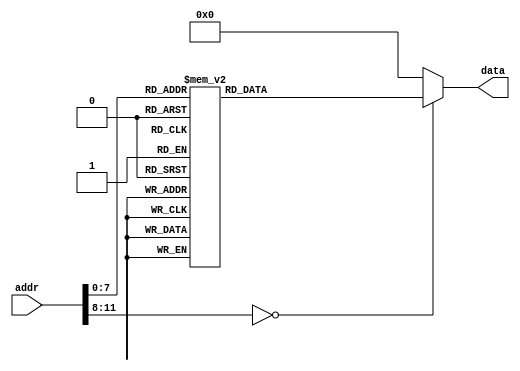
/*********************************************************** 
* Organization  : NONE
************************************************************/ 

/*=============Description======================
 *
 *
 *
 *
 * ============================================*/
 module rom_blinky_hello_world (
    data,         //< io >
    addr,         //< i
 );

    output  [7:0]    data;
    input   [11:0]   addr;


    reg [7:0] inst;

    assign data = inst;

    always @(*) begin
        case(addr)
            12'd0   : inst = 8'ha0;
            12'd1   : inst = 8'h30;
            12'd2   : inst = 8'h48;
            12'd3   : inst = 8'he0;
            12'd4   : inst = 8'h08;
            12'd5   : inst = 8'ha0;
            12'd6   : inst = 8'h30;
            12'd7   : inst = 8'h65;
            12'd8   : inst = 8'he0;
            12'd9   : inst = 8'h09;
            12'd10  : inst = 8'ha0;
            12'd11  : inst = 8'h30;
            12'd12  : inst = 8'h6c;
            12'd13  : inst = 8'he0;
            12'd14  : inst = 8'h0a;
            12'd15  : inst = 8'ha0;
            12'd16  : inst = 8'h30;
            12'd17  : inst = 8'h6c;
            12'd18  : inst = 8'he0;
            12'd19  : inst = 8'h0b;
            12'd20  : inst = 8'ha0;
            12'd21  : inst = 8'h30;
            12'd22  : inst = 8'h6f;
            12'd23  : inst = 8'he0;
            12'd24  : inst = 8'h0c;
            12'd25  : inst = 8'ha0;
            12'd26  : inst = 8'h30;
            12'd27  : inst = 8'h20;
            12'd28  : inst = 8'he0;
            12'd29  : inst = 8'h0d;
            12'd30  : inst = 8'ha0;
            12'd31  : inst = 8'h30;
            12'd32  : inst = 8'h77;
            12'd33  : inst = 8'he0;
            12'd34  : inst = 8'h0e;
            12'd35  : inst = 8'ha0;
            12'd36  : inst = 8'h30;
            12'd37  : inst = 8'h6f;
            12'd38  : inst = 8'he0;
            12'd39  : inst = 8'h0f;
            12'd40  : inst = 8'ha0;
            12'd41  : inst = 8'h30;
            12'd42  : inst = 8'h72;
            12'd43  : inst = 8'he0;
            12'd44  : inst = 8'h10;
            12'd45  : inst = 8'ha0;
            12'd46  : inst = 8'h30;
            12'd47  : inst = 8'h6c;
            12'd48  : inst = 8'he0;
            12'd49  : inst = 8'h11;
            12'd50  : inst = 8'ha0;
            12'd51  : inst = 8'h30;
            12'd52  : inst = 8'h64;
            12'd53  : inst = 8'he0;
            12'd54  : inst = 8'h12;
            12'd55  : inst = 8'ha0;
            12'd56  : inst = 8'h30;
            12'd57  : inst = 8'h0a;
            12'd58  : inst = 8'he0;
            12'd59  : inst = 8'h13;
            12'd60  : inst = 8'ha0;
            12'd61  : inst = 8'h30;
            12'd62  : inst = 8'h0d;
            12'd63  : inst = 8'he0;
            12'd64  : inst = 8'h14;
            12'd65  : inst = 8'ha0;
            12'd66  : inst = 8'h30;
            12'd67  : inst = 8'h00;
            12'd68  : inst = 8'he0;
            12'd69  : inst = 8'h15;
            12'd70  : inst = 8'hc0;
            12'd71  : inst = 8'h04;
            12'd72  : inst = 8'h70;
            12'd73  : inst = 8'h07;
            12'd74  : inst = 8'he0;
            12'd75  : inst = 8'h04;
            12'd76  : inst = 8'ha0;
            12'd77  : inst = 8'he0;
            12'd78  : inst = 8'h64;
            12'd79  : inst = 8'hb0;
            12'd80  : inst = 8'hff;
            12'd81  : inst = 8'h18;
            12'd82  : inst = 8'h99;
            12'd83  : inst = 8'h18;
            12'd84  : inst = 8'h99;
            12'd85  : inst = 8'h18;
            12'd86  : inst = 8'h99;
            12'd87  : inst = 8'h18;
            12'd88  : inst = 8'h99;
            12'd89  : inst = 8'h18;
            12'd90  : inst = 8'h66;
            12'd91  : inst = 8'h18;
            12'd92  : inst = 8'h99;
            12'd93  : inst = 8'h18;
            12'd94  : inst = 8'h99;
            12'd95  : inst = 8'h18;
            12'd96  : inst = 8'h99;
            12'd97  : inst = 8'h18;
            12'd98  : inst = 8'h99;
            12'd99  : inst = 8'h05;
            12'd100 : inst = 8'h10;
            12'd101 : inst = 8'h4d;
            12'd102 : inst = 8'haf;
            12'd103 : inst = 8'h06;
            12'd104 : inst = 8'hc8;
            12'd105 : inst = 8'h08;
            12'd106 : inst = 8'h07;
            12'd107 : inst = 8'hd0;
            12'd108 : inst = 8'h65;
            12'd109 : inst = 8'h5a;
            12'd110 : inst = 8'h01;
            12'd111 : inst = 8'h05;
            12'd112 : inst = 8'h03;
            12'd113 : inst = 8'h10;
            12'd114 : inst = 8'h6b;
            12'd115 : inst = 8'he8;
            12'd116 : inst = 8'h65;
            12'd117 : inst = 8'h3f;
            12'd118 : inst = 8'h01;
            12'd119 : inst = 8'h55;
            12'd120 : inst = 8'h00;
            12'd121 : inst = 8'h05;
            12'd122 : inst = 8'h04;
            12'd123 : inst = 8'h10;
            12'd124 : inst = 8'h67;
            12'd125 : inst = 8'h01;
            12'd126 : inst = 8'he8;
            12'd127 : inst = 8'h16;
            12'd128 : inst = 8'hf0;
            12'd129 : inst = 8'h17;
            12'd130 : inst = 8'ha5;
            12'd131 : inst = 8'h35;
            12'd132 : inst = 8'hff;
            12'd133 : inst = 8'haa;
            12'd134 : inst = 8'h3a;
            12'd135 : inst = 8'hff;
            12'd136 : inst = 8'h5a;
            12'd137 : inst = 8'h01;
            12'd138 : inst = 8'h05;
            12'd139 : inst = 8'h04;
            12'd140 : inst = 8'h10;
            12'd141 : inst = 8'h88;
            12'd142 : inst = 8'h55;
            12'd143 : inst = 8'h01;
            12'd144 : inst = 8'h05;
            12'd145 : inst = 8'h04;
            12'd146 : inst = 8'h10;
            12'd147 : inst = 8'h85;
            12'd148 : inst = 8'hc8;
            12'd149 : inst = 8'h16;
            12'd150 : inst = 8'hd0;
            12'd151 : inst = 8'h17;
            12'd152 : inst = 8'h01;
            12'd153 : inst = 8'h18;
            12'd154 : inst = 8'h7e;
            12'd155 : inst = 8'h18;
            12'd156 : inst = 8'h7e;
            12'd157 : inst = 8'h18;
            12'd158 : inst = 8'h7e;
            12'd159 : inst = 8'h18;
            12'd160 : inst = 8'h7e;
            12'd161 : inst = 8'h01;
            default: inst = 8'h00;
        endcase
    end

 endmodule